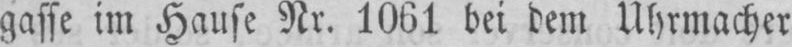
gasse im Hause Nr. 1061 bei dem Uhrmacher